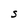
Character: S